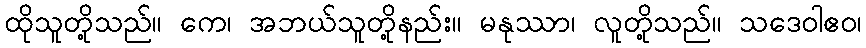
ထိုသူတို့သည်။ ကေ၊ အဘယ်သူတို့နည်း။ မနုဿာ၊ လူတို့သည်။ သဒေဝါဧဝ၊